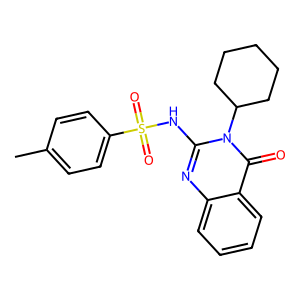
SMILES: Cc1ccc(S(=O)(=O)Nc2nc3ccccc3c(=O)n2C2CCCCC2)cc1
Inhibits HIV replication: No